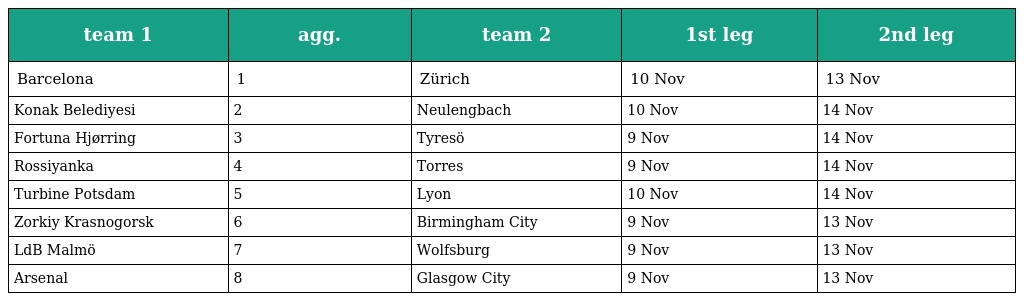
| team 1 | agg. | team 2 | 1st leg | 2nd leg |
 | --- | --- | --- | --- | --- |
 | Barcelona | 1 | Zürich | 10 Nov | 13 Nov |
 | Konak Belediyesi | 2 | Neulengbach | 10 Nov | 14 Nov |
 | Fortuna Hjørring | 3 | Tyresö | 9 Nov | 14 Nov |
 | Rossiyanka | 4 | Torres | 9 Nov | 14 Nov |
 | Turbine Potsdam | 5 | Lyon | 10 Nov | 14 Nov |
 | Zorkiy Krasnogorsk | 6 | Birmingham City | 9 Nov | 13 Nov |
 | LdB Malmö | 7 | Wolfsburg | 9 Nov | 13 Nov |
 | Arsenal | 8 | Glasgow City | 9 Nov | 13 Nov |